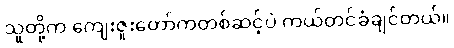
သူတို့က ကျေးဇူးတော်ကတစ်ဆင့်ပဲ ကယ်တင်ခံချင်တယ်။